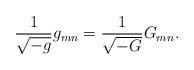
LaTeX: \begin{align*}{1\over\sqrt{-g}}g_{mn}={1\over\sqrt{-G}}G_{mn}.\end{align*}